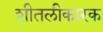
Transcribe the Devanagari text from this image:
शीतलीकारक